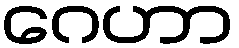
ဂေဟာ